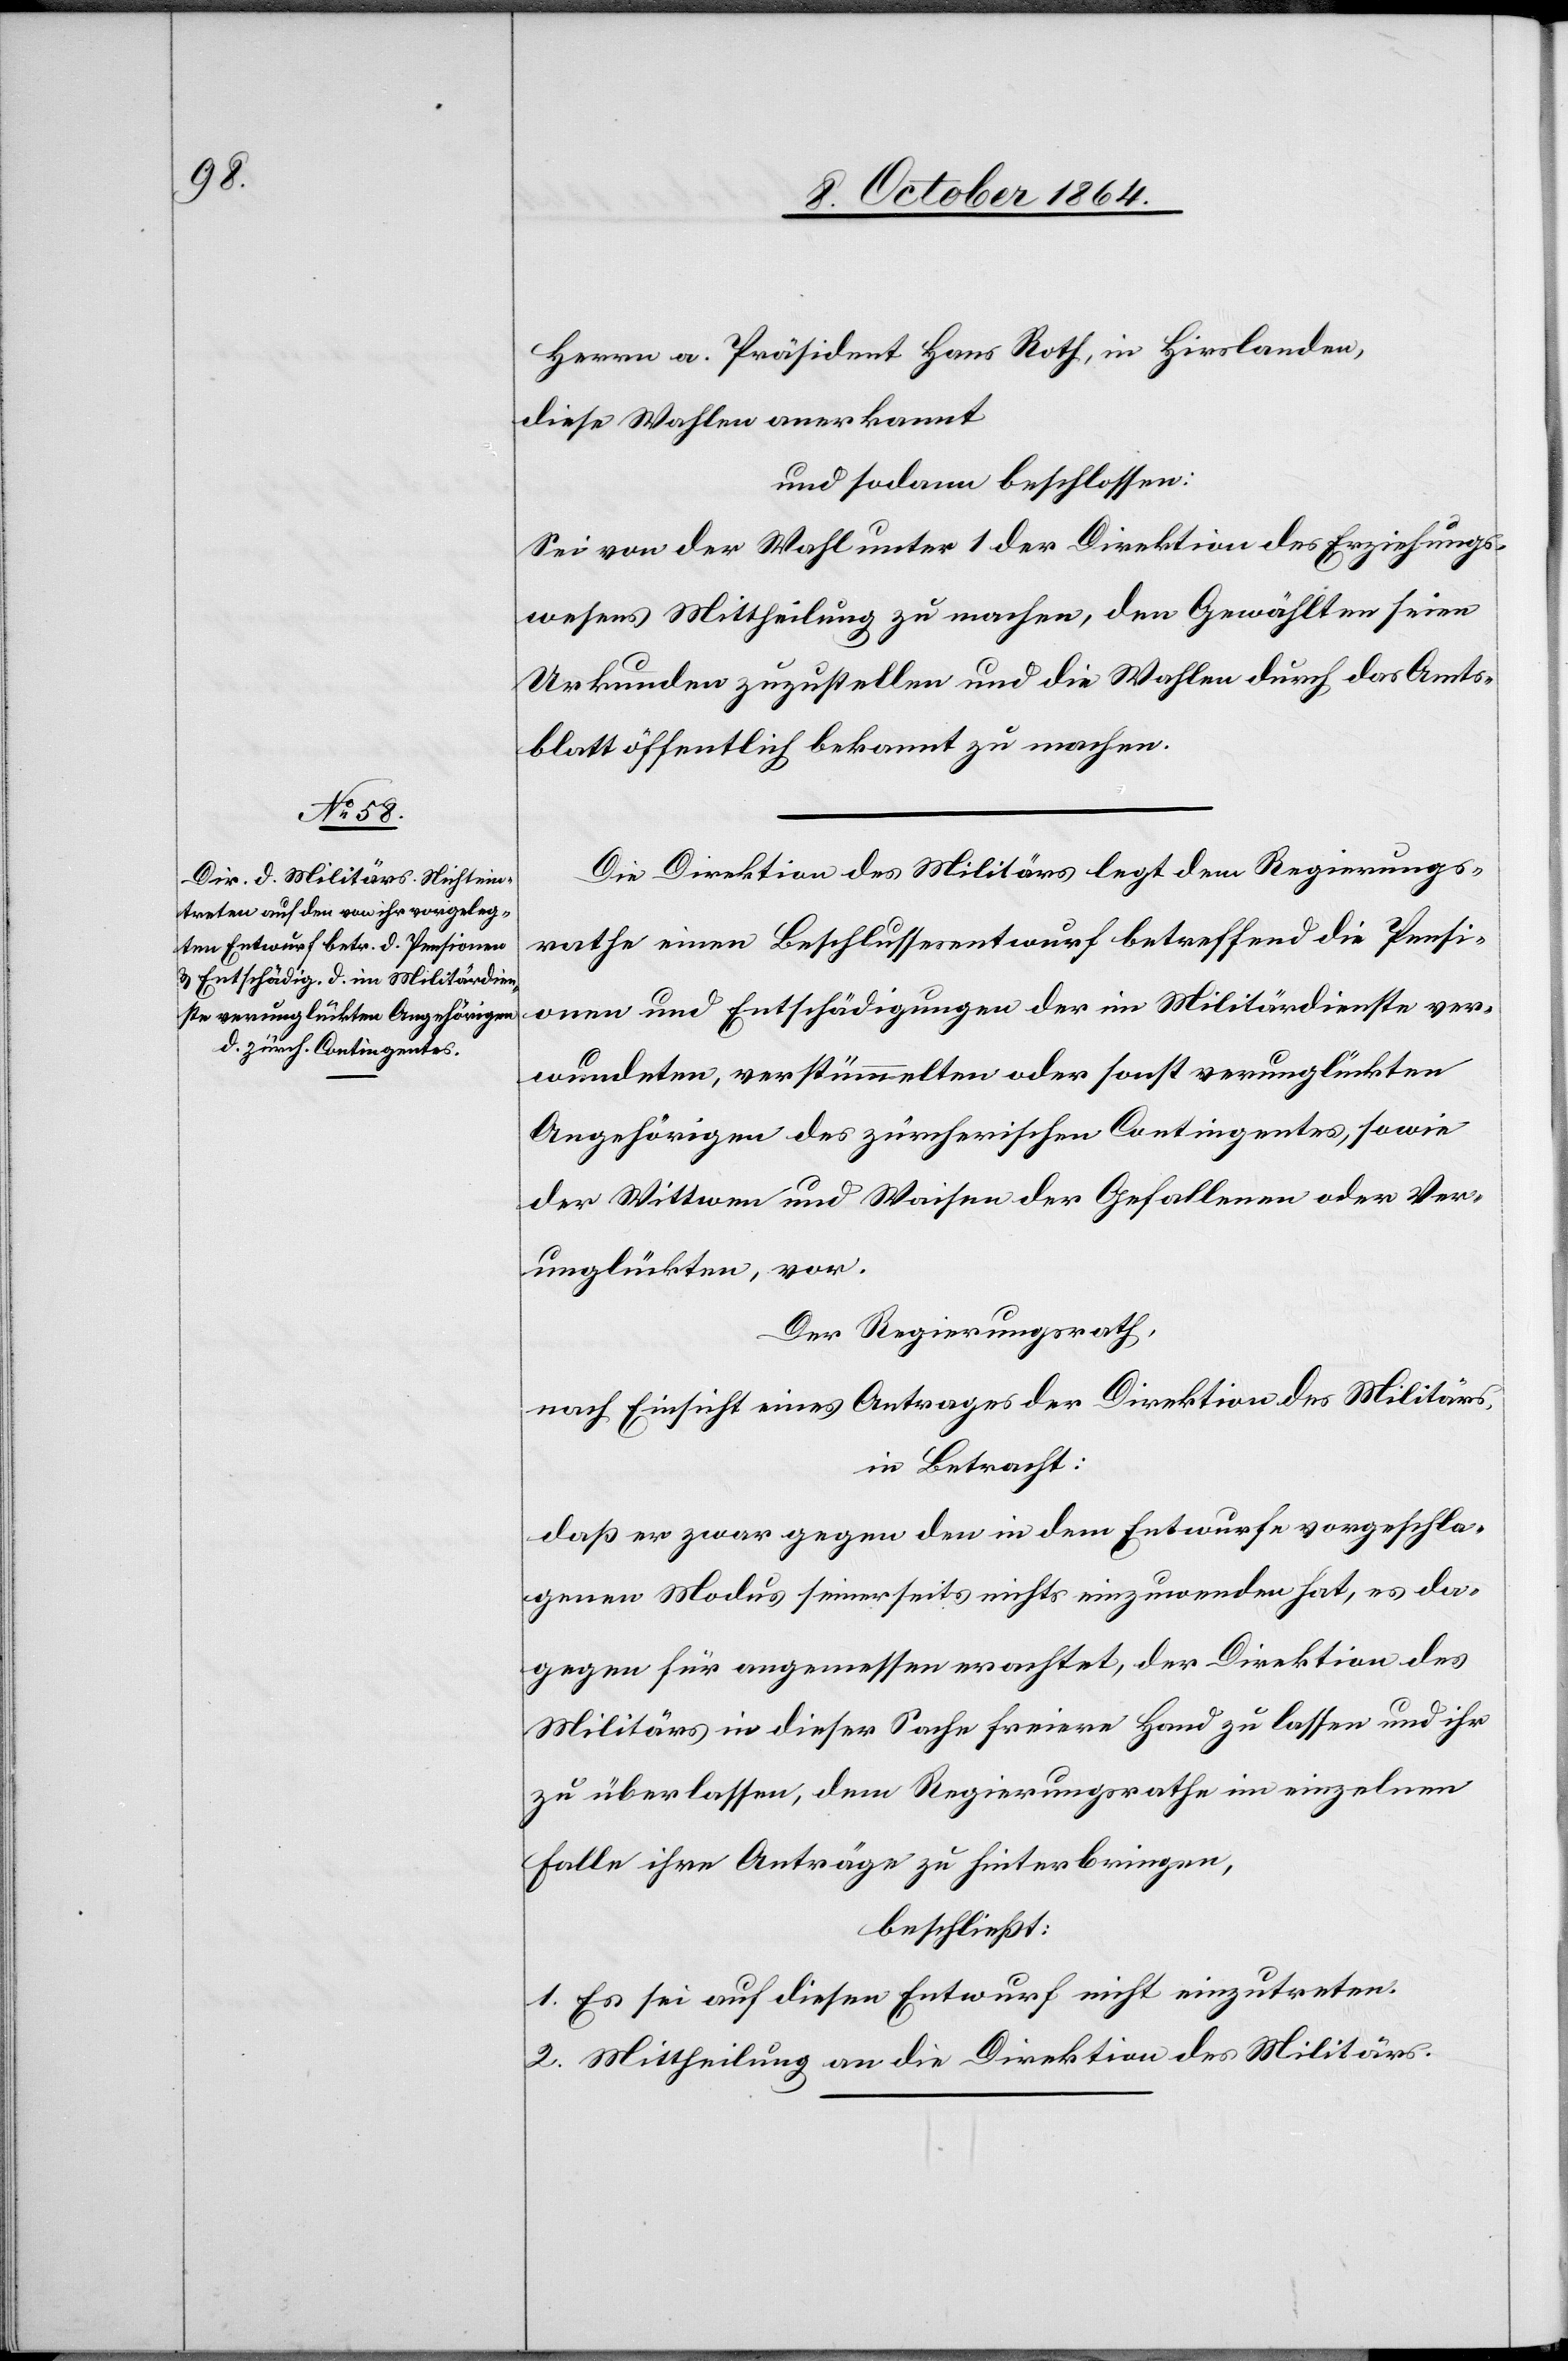
blatt

Herrn a. Präsident Hans Roth, in Hirslanden,
diese Wahlen anerkannt
und sodann beschlossen:
Sei von der Wahl unter 1. der Direktion des Erziehungs¬
wesens Mittheilung zu machen, den Gewählten seien
Urkunden zuzustellen und die Wahlen durch das Amts¬
Die Direktion des Militärs legt dem Regierungs¬
rathe einen Beschlussesentwurf betreffend die Pensi¬
onen und Entschädigungen der im Militärdienste ver¬
wundeten, verstümmelten oder sonst verunglückten
Angehörigen des zürcherischen Contingentes, sowie
der Wittwen und Waisen der Gefallenen oder Ver¬
unglückten, vor.
Der Regierungsrath,
nach Einsicht eines Antrages der Direktion des Militärs,
in Betracht:
daß er zwar gegen den in dem Entwurfe vorgeschla¬
genen Modus seinerseits nichts einzuwenden hat, es da¬
gegen für angemessen erachtet, der Direktion des
Militärs in dieser Sache freiere Hand zu lassen und ihr
zu überlassen, dem Regierungsrathe im einzelnen
Falle ihre Anträge zu hinterbringen,
beschließt:
1. Es sei auf diesen Entwurf nicht einzutreten.
2. Mittheilung an die Direktion des Militärs.